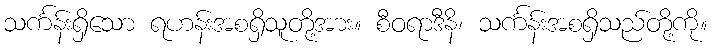
သင်္ကန်းရှိသော ရဟန်းအစရှိသူတို့အား။ စီဝရာဒီနိ၊ သင်္ကန်းအစရှိသည်တို့ကို။